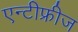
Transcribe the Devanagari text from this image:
एन्टीफ्रीज